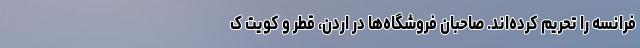
فرانسه را تحریم کرده‌اند. صاحبان فروشگاه‌ها در اردن، قطر و کویت ک